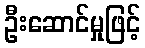
ဦးဆောင်မှုဖြင့်